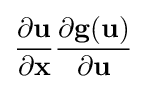
{\frac {\partial \mathbf {u} }{\partial \mathbf {x} }}{\frac {\partial \mathbf {g} (\mathbf {u} )}{\partial \mathbf {u} }}